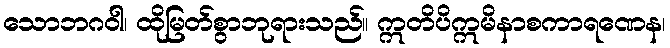
သောဘဂဝါ၊ ထိုမြတ်စွာဘုရားသည်။ ဣတိပိဣမိနာစကာရဏေန၊